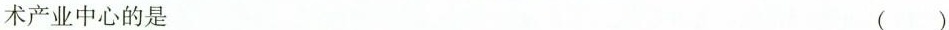
术产业中心的是 ( )